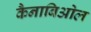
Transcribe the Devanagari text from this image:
कैनाबिओल